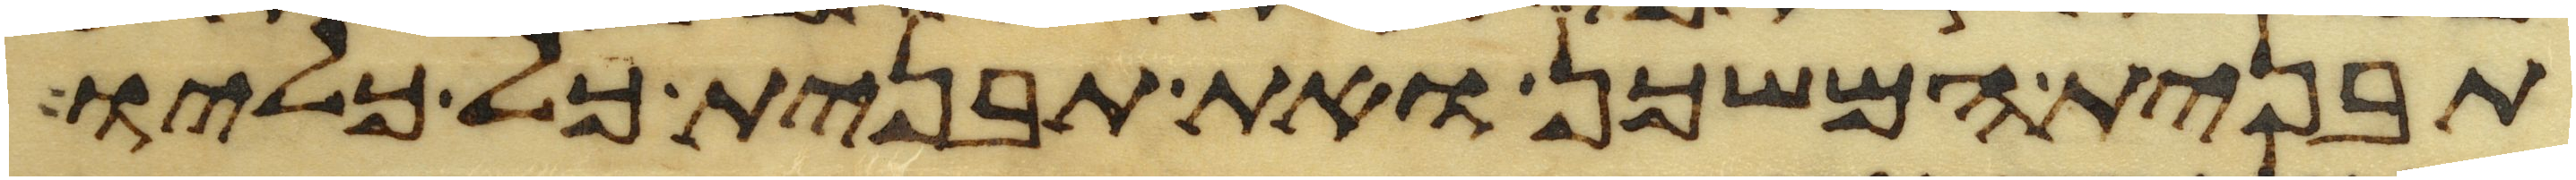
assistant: תבנית המשכן ואת תבנית כל כליו